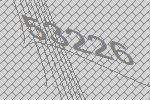
53226